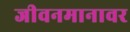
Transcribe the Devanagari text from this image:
जीवनमानावर